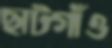
ছাটগাঁও